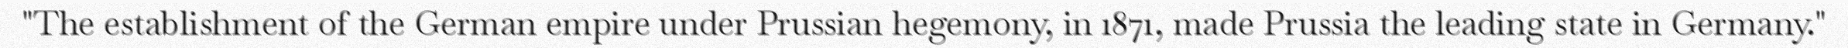
"The establishment of the German empire under Prussian hegemony, in 1871, made Prussia the leading state in Germany."